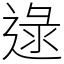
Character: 逯